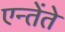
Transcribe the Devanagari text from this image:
एन्तेंते